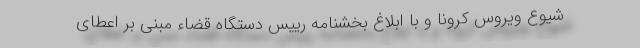
شیوع ویروس کرونا و با ابلاغ بخشنامه‌ رییس دستگاه قضاء مبنی بر اعطای